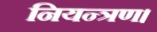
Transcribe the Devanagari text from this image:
नियन्त्रण।